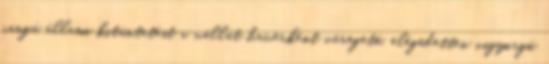
rangú állami kitüntetést a vállát haverként veregető, elégedetten vigyorgó